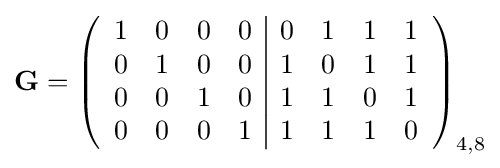
\mathbf {G} =\left({\begin{array}{cccc|cccc}1&0&0&0&0&1&1&1\\0&1&0&0&1&0&1&1\\0&0&1&0&1&1&0&1\\0&0&0&1&1&1&1&0\end{array}}\right)_{4,8}